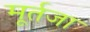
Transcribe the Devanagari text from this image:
मूर्तजा